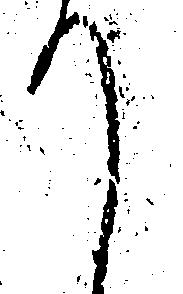
て